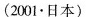
(2001·日本)